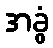
အခွံ